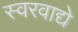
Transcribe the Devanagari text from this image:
स्वरवाद्ये